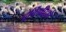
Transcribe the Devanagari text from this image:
दूर्बिणीद्वारे